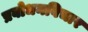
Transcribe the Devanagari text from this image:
प्रबोधनविचार